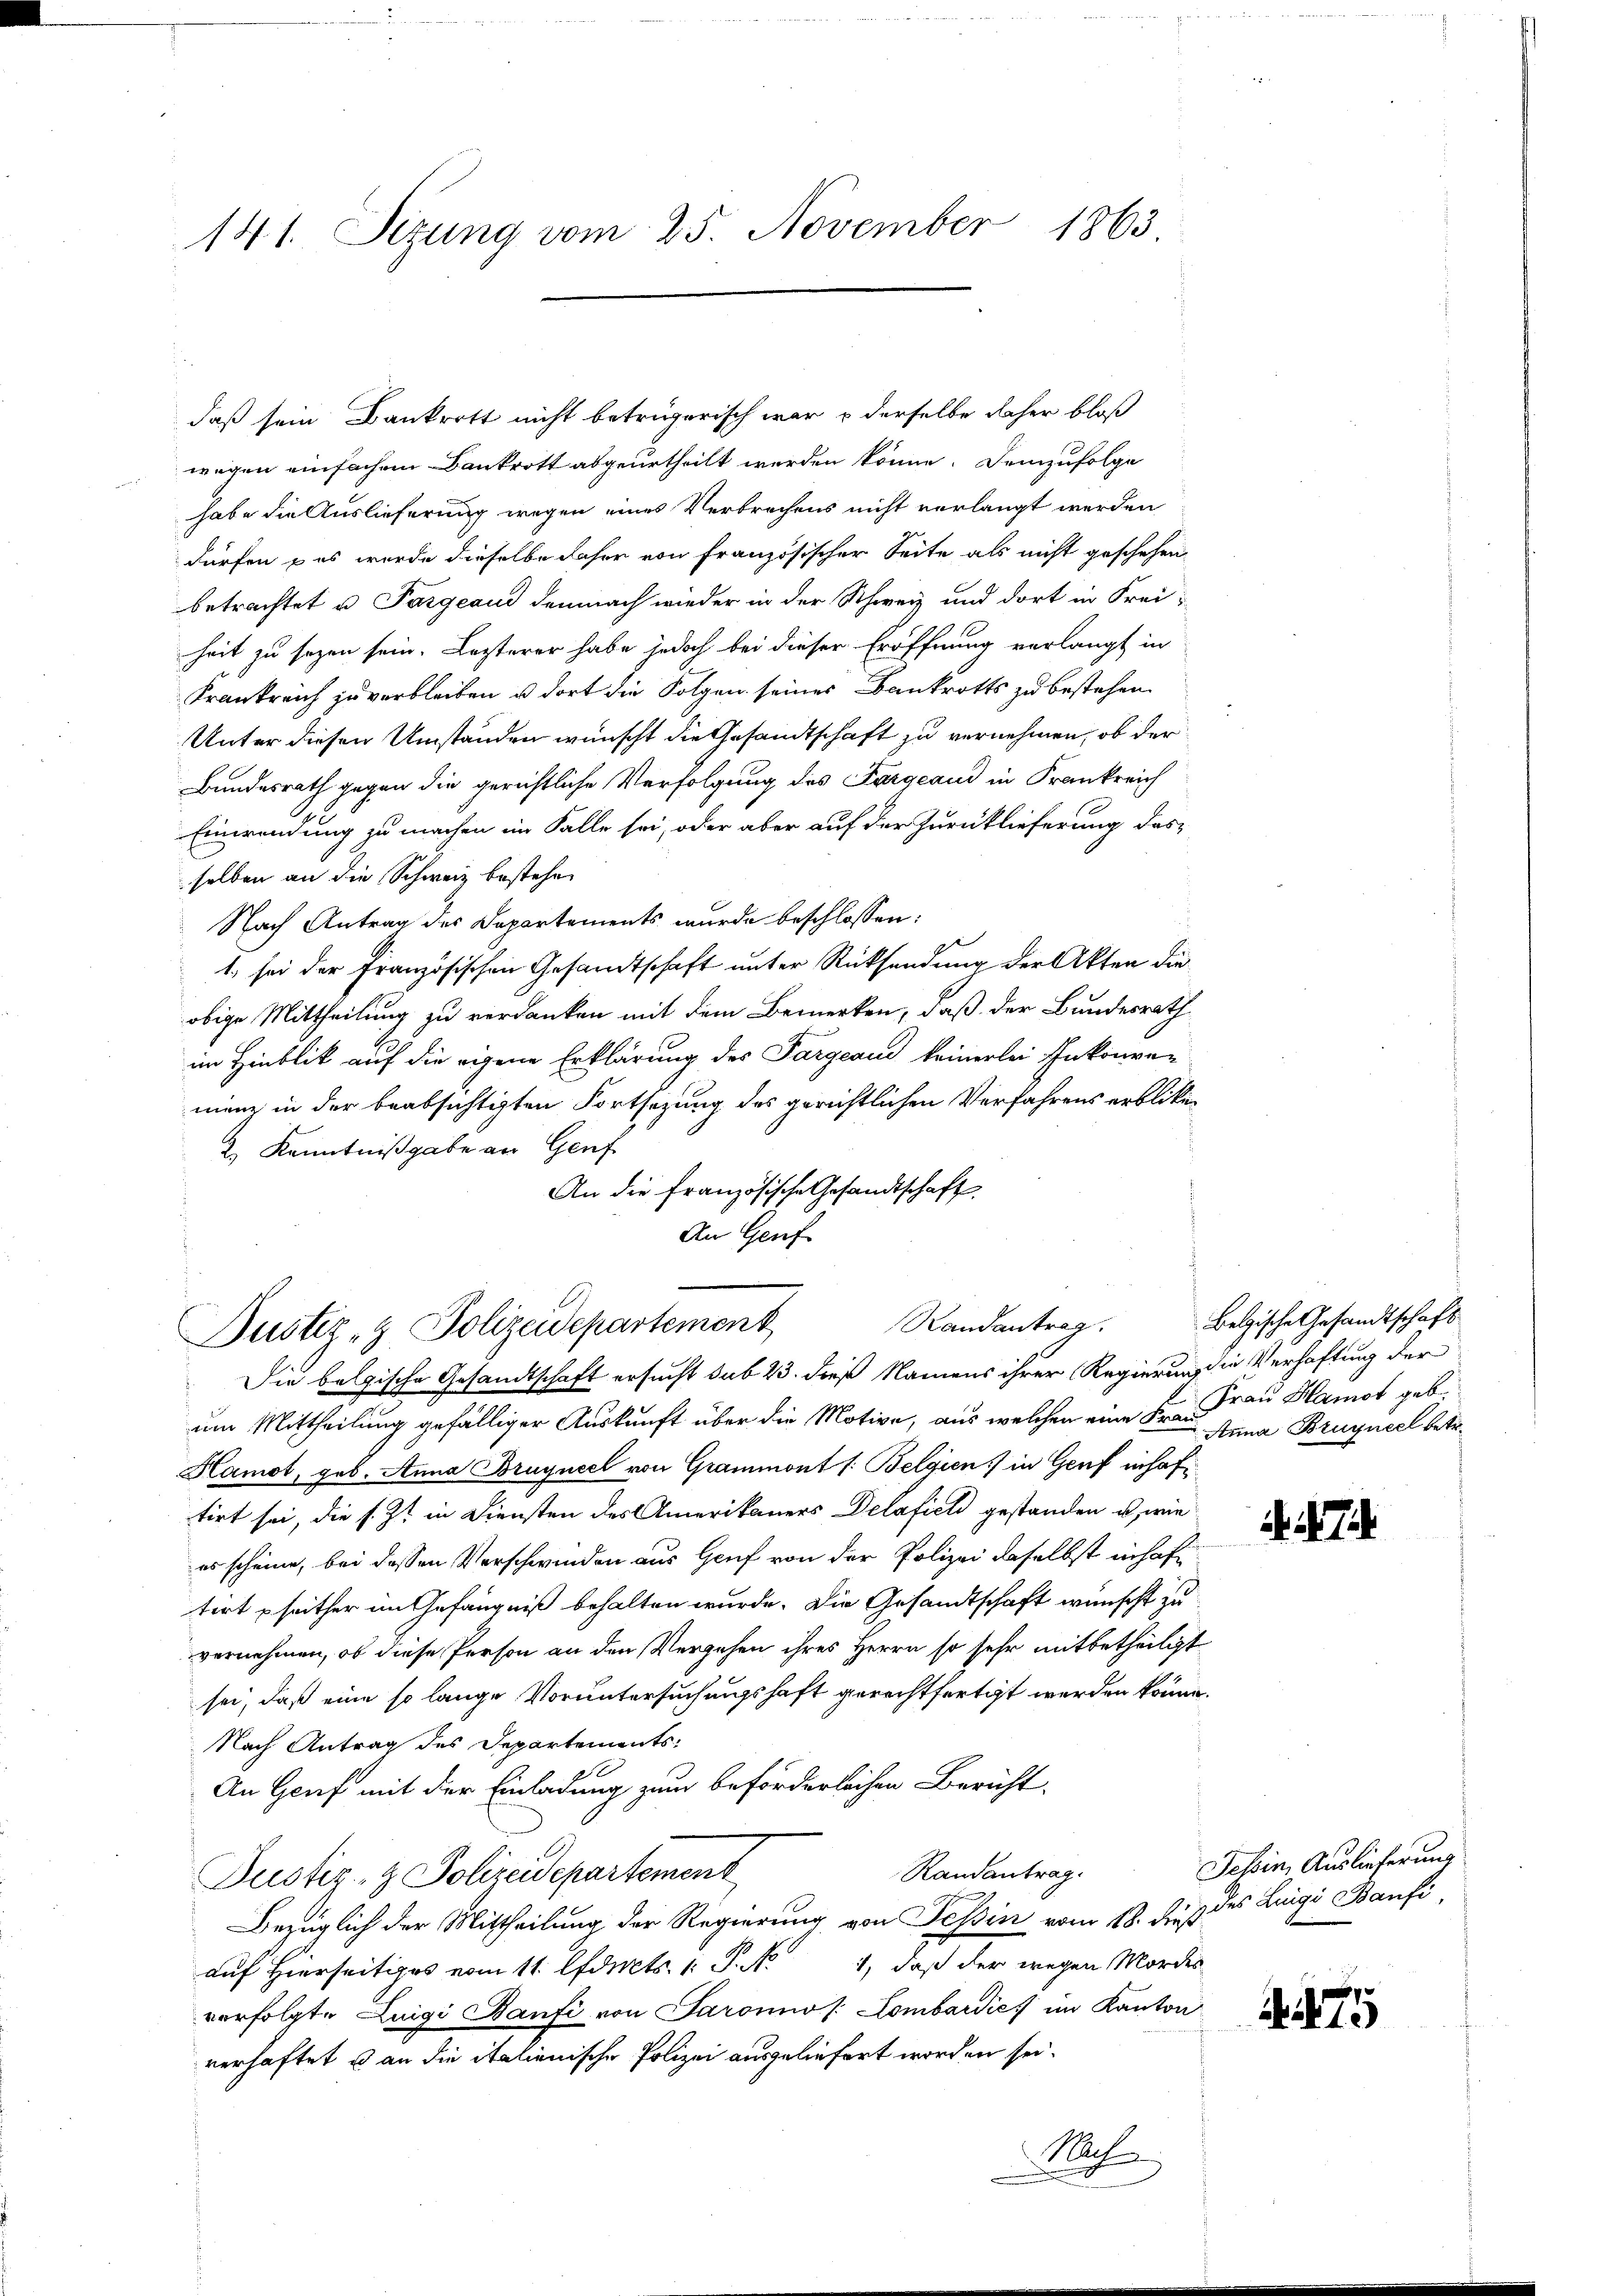
141. Sezung vom 25. November 1863

daß sein Bankrott nicht betrügerisch war & derselbe daher bloß
wegen einfachen Bankrott abgeurtheilt werden könne. Demzufolge
habe die Auslieferung wegen eines Verbrechens nicht verlangt werden
dürfen pas wurde dieselbe daher von Französischer Seite als nicht geschehen,
betrachtet u. Pargeaud demnach wieder in der Schweiz und dort in Frei-
heit zu sezen sein. Lezterer habe jedoch bei dieser Eröffnung verlangt in
Krankreich zu verbleiben u. dort die Folgen seines Bankrotts zu bestehen.
Unter diesen Umständen wünscht die Gesandtschaft zu vernehmen, ob der
Bundesrath gegen die gerichtliche Verfolgung des Fargeaud in Frankreich
Einwendung zu machen im Falle sei, oder aber auf der Zurücklieferung das
selben an die Schweiz bestehen
Nach Antrag des Departements wurde beschlossen:
1. sei der Französischen Gesandtschaft unter Rücksendung der Akten die
obige Mittheilung zu verdanken mit dem Bemerken, daß der Bundesrath
im Hinblik auf die eigene Erklärung des Pargeaus keinerlei Inkonven
menz in der beabsichtigten Fortsetzung des gerichtlichen Verfahrens erblibe-
2.) Kenntnißgabe an Genf
An die französische Gesandtschaft.
An Genf

Randantrag.
Justiz- & Polizeidepartement
Die belgische Gesandtschaft ersucht sub 23. dieß Namens ihrer Regierung die Verhaftung der

um Mittheilung gefälliger Auskunft über die Motive, aus welchen eine Hr. Frau Hamot geb.
Hamot, geb. Anna Bruyneel von Grammont s. Belgien) in Genf inhaftirt sei, die s. Zt. in Diensten des Amerikaners Delafiel gestanden u. wie
es scheine, bei dessen Verschwinden aus Genf von der Polizei daselbst inhaft
tert seither im Gefängniß behalten wurde. Die Gesandtschaft wünscht zu
vernehmen, ob diese Person an den Vergehen ihres Herrn so sehr mitbetheiligt
sei, daß eine so lange Voruntersuchungshaft gerechtfertigt werden könne.
Nach Antrag des Departements-
An Genf mit der Einladung zum beförderlichen Bericht-
Randantrag.
Justiz- & Polizeidepartement
Bezüglich der Mittheilung der Regierung von Tessin vom 18. dieß des Luigi Banfi
auf Hierseitiges vom 11. forts. 1. P. No 1, daß der wegen Mordes
verfolgte Luigi Banfi von Saron /: Lombardies im Kanton
verhaftet u an die italienische Polizei ausgeliefert worden sei.
Nol

Belzische Gesandtschaft
Anna Bruyneel betr.

. 17

Tessin, Auslieferung

7